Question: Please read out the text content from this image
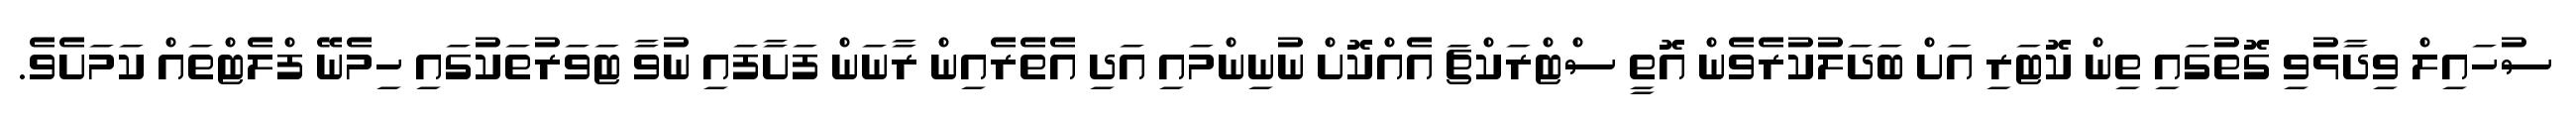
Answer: ސުހައިލް ވިދާޅުވި ގޮތުގައި ތިން ކޮޓަރި އަށް ބަދަލުކުރެވެން އޮތީ ސްޓްރަކްޗަ އެއްކޮށް ނުނިންމައި އަދި އެތެރެއިން ރާނަން ފަށާފައި ނުވާ ޓަވަރުތަކުގައި ހިމެނޭ ފްލެޓްތައް ކަމަށެވެ.